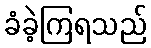
ခံခဲ့ကြရသည်